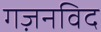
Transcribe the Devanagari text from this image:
गज़नविद